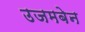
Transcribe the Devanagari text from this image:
उजमबेन